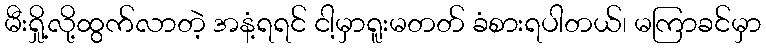
မီးရှို့လို့ထွက်လာတဲ့ အနံ့ရရင် ငါ့မှာရူးမတတ် ခံစားရပါတယ်၊ မကြာခင်မှာ